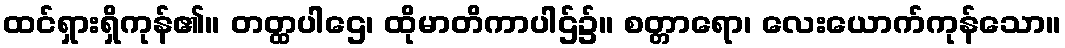
ထင်ရှားရှိကုန်၏။ တတ္ထပါဌေ၊ ထိုမာတိကာပါဌ်၌။ စတ္တာရော၊ လေးယောက်ကုန်သော။